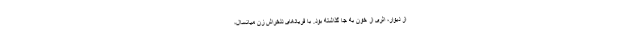
از دیوار، اثری از خون به جا گذاشته بود. با فریادهای دلخراش زن میانسال،